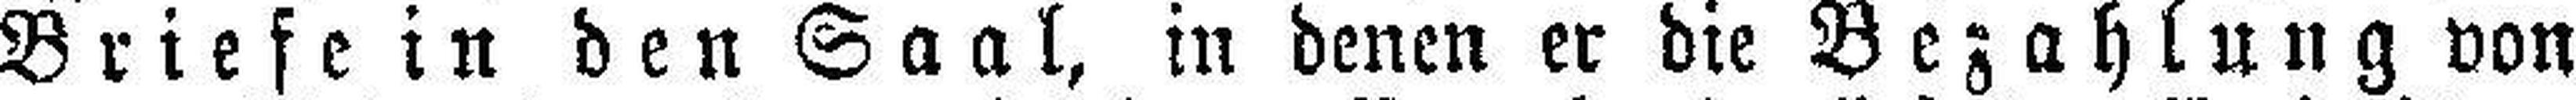
Briefe in den Saal, in denen er die Bezahlung von